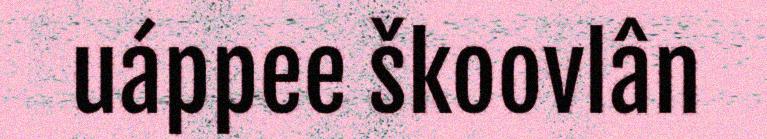
uáppee škoovlân